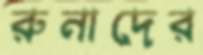
রুনাদের